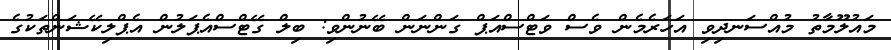
މައުލޫމާތު މުއްސަނދިވި އަހަރެމެން ވެސް ވަޓްސްއަޕް ގަންނަން ބޭނުންވި: ބިލް ގޭޓްސްއެޕަލުން އެޕްލިކޭޝަންތަކުގެ